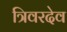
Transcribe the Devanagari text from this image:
त्रिवरदेव